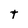
Character: t